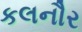
કલનૌર